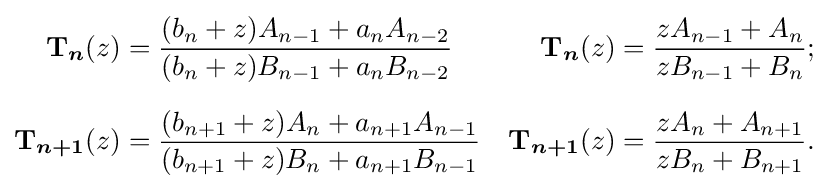
{\begin{aligned}{\boldsymbol {\mathrm {T} }}_{\boldsymbol {n}}(z)&={\frac {(b_{n}+z)A_{n-1}+a_{n}A_{n-2}}{(b_{n}+z)B_{n-1}+a_{n}B_{n-2}}}&{\boldsymbol {\mathrm {T} }}_{\boldsymbol {n}}(z)&={\frac {zA_{n-1}+A_{n}}{zB_{n-1}+B_{n}}};\\[6px]{\boldsymbol {\mathrm {T} }}_{\boldsymbol {n+1}}(z)&={\frac {(b_{n+1}+z)A_{n}+a_{n+1}A_{n-1}}{(b_{n+1}+z)B_{n}+a_{n+1}B_{n-1}}}&{\boldsymbol {\mathrm {T} }}_{\boldsymbol {n+1}}(z)&={\frac {zA_{n}+A_{n+1}}{zB_{n}+B_{n+1}}}.\,\end{aligned}}